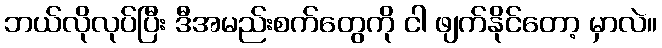
ဘယ်လိုလုပ်ပြီး ဒီအမည်းစက်တွေကို ငါ ဖျက်နိုင်တော့ မှာလဲ။